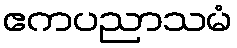
ဧကပညာသမံ